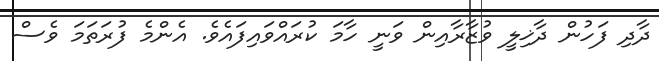
ދާދި ފަހުން ދާޚިލީ ވުޒާރާއިން ވަނީ ހާމަ ކުރައްވައިފައެވެ. އެންމެ ފުރަތަމަ ވެސް